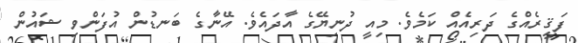
ފަޤީރެއްގެ ދަރިއެއް ކަމެވެ. މިއީ ދުނިޔޭގެ އާދައެވެ. އޭނާގެ ބަނޑުން އުފަންވި ޝައުން